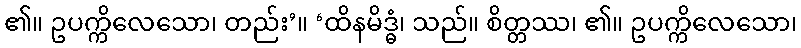
၏။ ဥပက္ကိလေသော၊ တည်း’။ ‘ထိနမိဒ္ဓံ၊ သည်။ စိတ္တဿ၊ ၏။ ဥပက္ကိလေသော၊